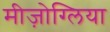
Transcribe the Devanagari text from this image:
मीज़ोग्लिया